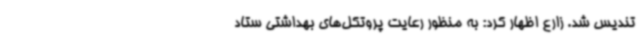
تندیس شد. زارع اظهار کرد: به منظور رعایت پروتکل‌های بهداشتی ستاد